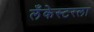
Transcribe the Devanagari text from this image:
लँकेस्टरला